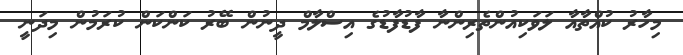
މިހާރު ކުއްތާއާ ލަވަކިއުންތެރިންނާ ފާޑުފާޑުގެ އިސްލާމް ދީނުން ބޭރު ކަންކަން ކުރަމުން މިދަނީ